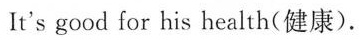
It's good for his health(健康).